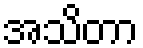
အသိတာ